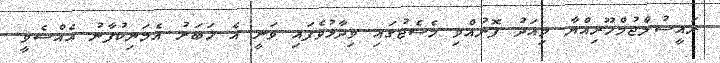
ރައީސުލްޖުމްހޫރިއްޔާ މިއަދު ފޮނުއްވި މެސެޖުގައި ވިދާޅުވެފައި ވަނީ އެ ޚަބަރު އެމަނިކުފާނު އެއްސެވީ